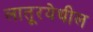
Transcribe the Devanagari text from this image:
लातूरयेथील